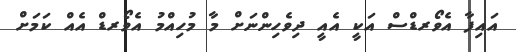
އައިފާ އެވޯރޑްސް އަކީ އެއީ ދިވެހިންނަށް މާ މުހިއްމު އެވޯރޑް އެއް ކަމަށް